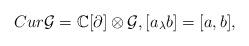
LaTeX: \begin{align*}Cur\mathcal{G}= \mathbb{C}[\partial] \otimes \mathcal{G}, [a_\lambda b]= [a, b],\end{align*}